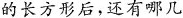
的长方形后，还有哪几